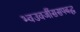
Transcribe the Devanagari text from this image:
भ्वउवजींससपबद्ध